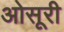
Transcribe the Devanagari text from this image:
ओसूरी